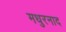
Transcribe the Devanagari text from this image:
मधुरनाद